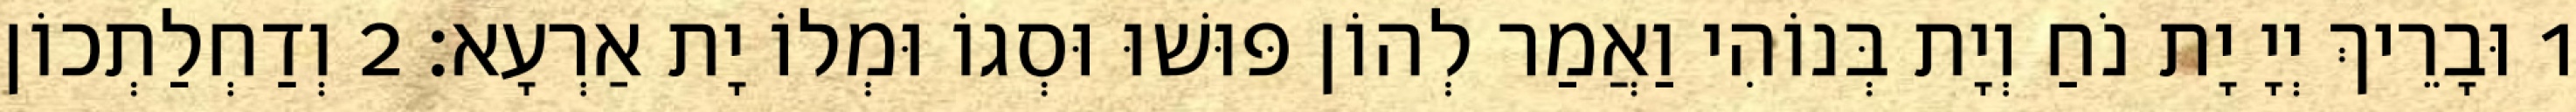
1 וּבָרֵיךְ יְיָ יָת נֹחַ וְיָת בְּנוֹהִי וַאֲמַר לְהוֹן פּוּשׁוּ וּסְגוֹ וּמְלוֹ יָת אַרְעָא׃ 2 וְדַחְלַתְכוֹן